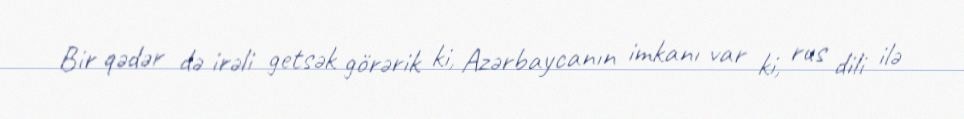
Bir qədər də irəli getsək görərik ki, Azərbaycanın imkanı var ki, rus dili ilə